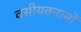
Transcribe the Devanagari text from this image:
वसीयतनामों